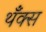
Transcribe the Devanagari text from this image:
थँक्स